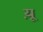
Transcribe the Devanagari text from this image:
य़ू